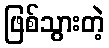
ဖြစ်သွားတဲ့